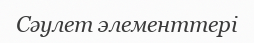
Сәулет элементтері